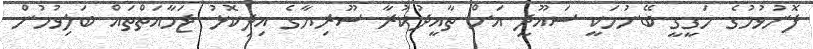
ފޮނުވުމުގެ ހަގީގީ ބޭނުމަކީ ސައޫދީ އަށް ތާއީދުކުރާ ސޫރިޔާގެ އިދިކޮޅު ޖަމާއަތްތައް ބަލިވުމުން